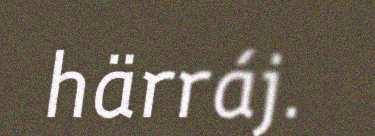
härráj.